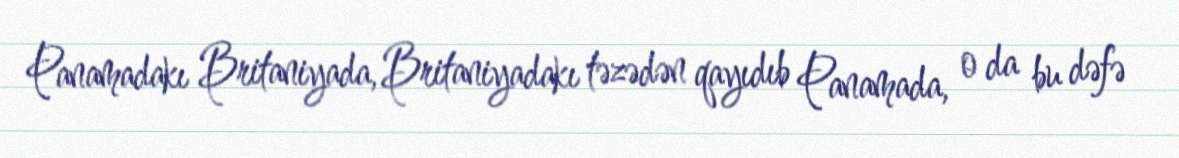
Panamadakı Britaniyada, Britaniyadakı təzədən qayıdıb Panamada, o da bu dəfə